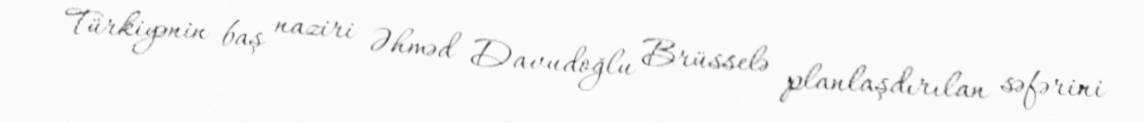
Türkiyənin baş naziri Əhməd Davudoğlu Brüsselə planlaşdırılan səfərini